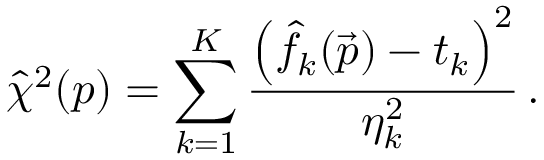
\hat { \chi } ^ { 2 } ( \boldsymbol { p } ) = \sum _ { k = 1 } ^ { K } \frac { \left( \hat { f } _ { k } ( \vec { p } ) - t _ { k } \right) ^ { 2 } } { \eta _ { k } ^ { 2 } } \, .